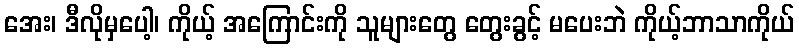
အေး၊ ဒီလိုမှပေါ့၊ ကိုယ့် အကြောင်းကို သူများတွေ တွေးခွင့် မပေးဘဲ ကိုယ့်ဘာသာကိုယ်